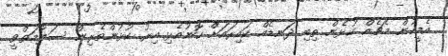
އެމީހުން މެޗެއް ކުޅެން ތިބި ދަނޑެއް ކައިރައަށް ހޮނުއެޅި އިރު ކުޅުންތެރިން ސަލާމަތްވީ